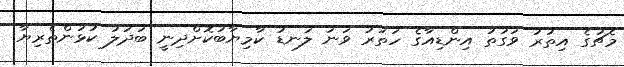
މެޗުގެ އިތުރު ވަގުތު އިންޑިއާގެ ހަތަރު ވަނަ ލަނޑު ކާމިޔާބުކޮށްދިނީ ބަދަލު ކުޅުންތެރިޔާ